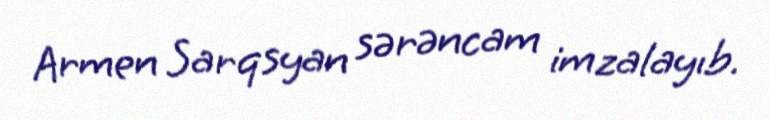
Armen Sarqsyan sərəncam imzalayıb.